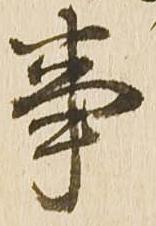
事